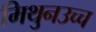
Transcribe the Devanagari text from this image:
मिथुनउच्च